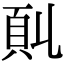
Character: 𩑍